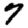
Digit: 7